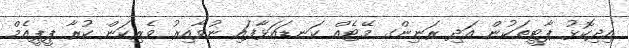
އިދިކޮޅު ޕާޓީތަކުން އަދި ރަނިންގ މޭޓެއް ކަނޑައަޅާފައި ނުވާއިރު ވެރިކަން ކުރާ ޕީޕީއެމް